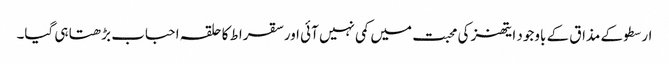
ارسطو کے مذاق کے باوجود ایتھنز کی محبت میں کمی نہیں آئی اور سقراط کا حلقہ احباب بڑھتا ہی گیا۔